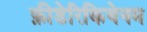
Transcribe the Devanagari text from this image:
फ़ीडेरिकियेनम